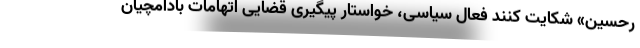
رحسین» شکایت کنند فعال سیاسی، خواستار پیگیری قضایی اتهامات بادامچیان